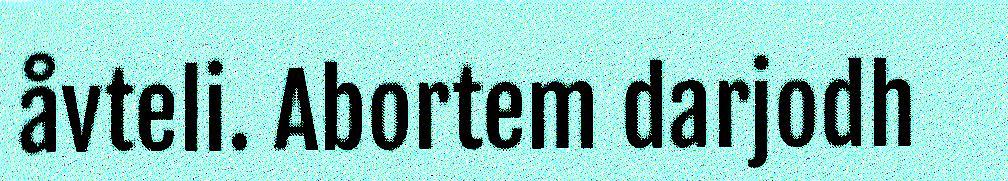
åvteli. Abortem darjodh